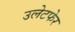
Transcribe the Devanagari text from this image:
उलेटफेर